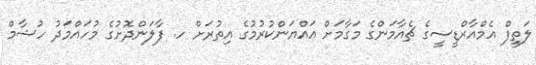
ލަތީފް އެމްއާރްޑީސީގެ ޗެއާމަންގެ މަގާމަށް އައްޔަންކުރުމުގެ އިތުރަށް ހ. ފާލަންދޮށުގެ މުހައްމަދު ހުޝާމް